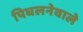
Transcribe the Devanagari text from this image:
पिघलनेवाले